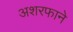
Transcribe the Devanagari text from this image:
अशरफाने